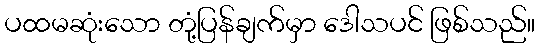
ပထမဆုံးသော တုံ့ပြန်ချက်မှာ ဒေါသပင် ဖြစ်သည်။